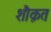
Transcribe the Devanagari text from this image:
शौक़त